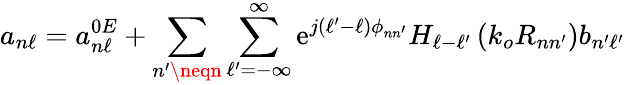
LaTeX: a_{n\ell}=a_{n\ell}^{0E}+\sum_{n^{\prime}\neqn}\sum_{\ell^{\prime}=-\infty}^{\infty}\mathrm{e}^{j\left(\ell^{\prime}-\ell\right)\phi_{nn^{\prime}}}H_{\ell-\ell^{\prime}}\left(k_{o}R_{nn^{\prime}}\right)b_{n^{\prime}\ell^{\prime}}